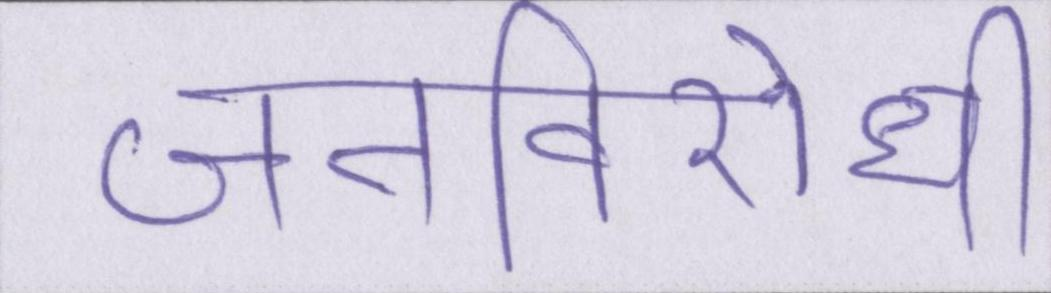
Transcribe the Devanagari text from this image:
जनविरोधी